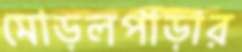
মোড়লপাড়ার